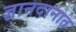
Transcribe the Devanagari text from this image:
ज्ञानदानात